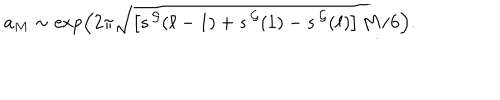
LaTeX: a _ { M } \sim \exp \left( 2 \pi \sqrt { \left[ s ^ { \, \cal G } ( \ell - 1 ) + s ^ { \, \cal G } ( 1 ) - s ^ { \, \cal G } ( \ell ) \right] M / 6 } \right) .